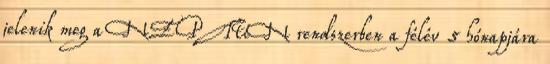
jelenik meg a NEPTUN rendszerben a félév 5 hónapjára